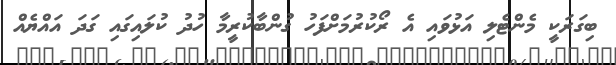
ބިގަރަކީ މެންޓެލި އަޅުވައި އެ ރޯކުރުމަށްފަހު ގުންބާކުރީމާ ހުދު ކުލައިގައި ގަދަ އައްޔެއް